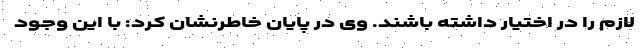
لازم را در اختیار داشته باشند. وی در پایان خاطرنشان کرد: با این وجود